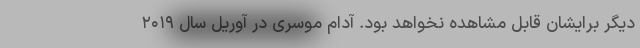
دیگر برایشان قابل مشاهده نخواهد بود. آدام موسری در آوریل سال ۲۰۱۹